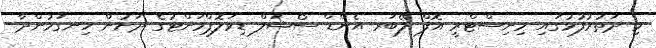
މި ދަތުރުފުޅުގައި މިނިސްޓްރީ އޮފް ލޭބަރ އެންޑް ސޯޝަލް ޑިވަލޮޕްމަންޓުގެ ދަށުން ހިނގަމުންދާ